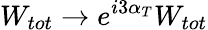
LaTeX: W_{tot}\rightarrow e^{i3\alpha_{T}}W_{tot}